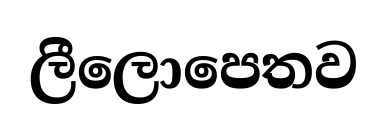
ලීලොපෙතව